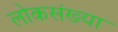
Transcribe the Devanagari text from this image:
लोकसंख्‍या